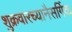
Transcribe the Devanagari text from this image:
शुक्रवारच्यानैसर्गिक